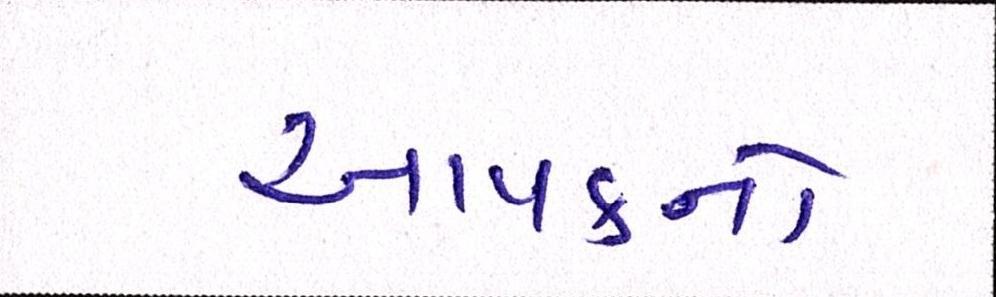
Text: આવકનો